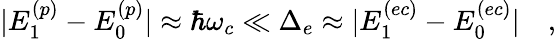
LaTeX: \begin{array}{r}{\vert E_{1}^{(p)}-E_{0}^{(p)}\vert\approx\hbar\omega_{c}\ll\Delta_{e}\approx\vert E_{1}^{(ec)}-E_{0}^{(ec)}\vert\quad,}\end{array}